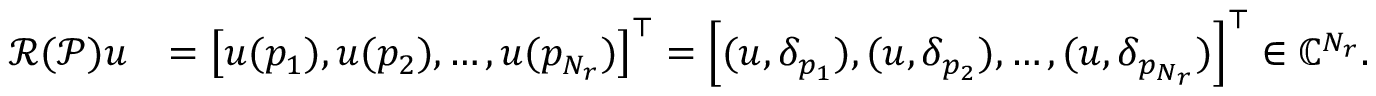
\begin{array} { r l } { \mathcal { R } ( \mathcal { P } ) u } & { = \left[ u ( p _ { 1 } ) , u ( p _ { 2 } ) , \ldots , u ( p _ { N _ { r } } ) \right] ^ { \top } = \left[ ( u , \delta _ { p _ { 1 } } ) , ( u , \delta _ { p _ { 2 } } ) , \ldots , ( u , \delta _ { p _ { N _ { r } } } ) \right] ^ { \top } \in \mathbb { C } ^ { N _ { r } } . } \end{array}